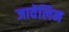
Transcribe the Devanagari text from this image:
जावेलिन